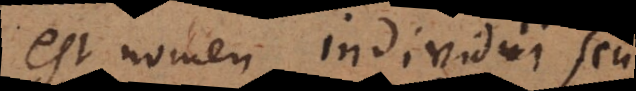
est nomen individui seu